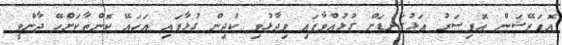
އޮޕަރޭޝަން އޮފިސަރު އަޅުގަނޑަށް ގުޅުއްވާފައި ވިދާޅުވި ކުދިން ގުޅާފައި އަހައޭ ކޮންތާކަށްހޭ ދާންވީ